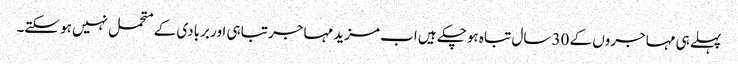
پہلے ہی مہاجروں کے 30 سال تباہ ہوچکے ہیں اب مزید مہاجر تباہی اور بربادی کے متحمل نہیں ہوسکتے۔